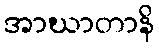
အာဃာတာနိ